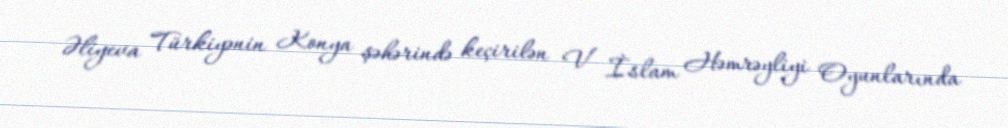
Əliyeva Türkiyənin Konya şəhərində keçirilən V İslam Həmrəyliyi Oyunlarında